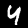
Label: 4